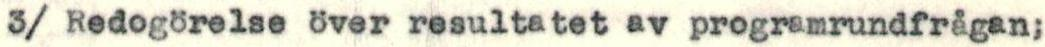
3/ Redogörelse över resultatet av programrundfrågan;